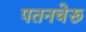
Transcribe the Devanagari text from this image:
पतनचेरू